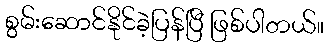
စွမ်းဆောင်နိုင်ခဲ့ပြန်ပြီ ဖြစ်ပါတယ်။